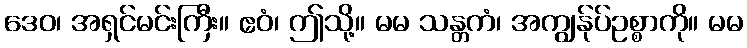
ဒေဝ၊ အရှင်မင်းကြီး။ ဧဝံ၊ ဤသို့။ မမ သန္တကံ၊ အကျွန်ုပ်ဥစ္စာကို။ မမ